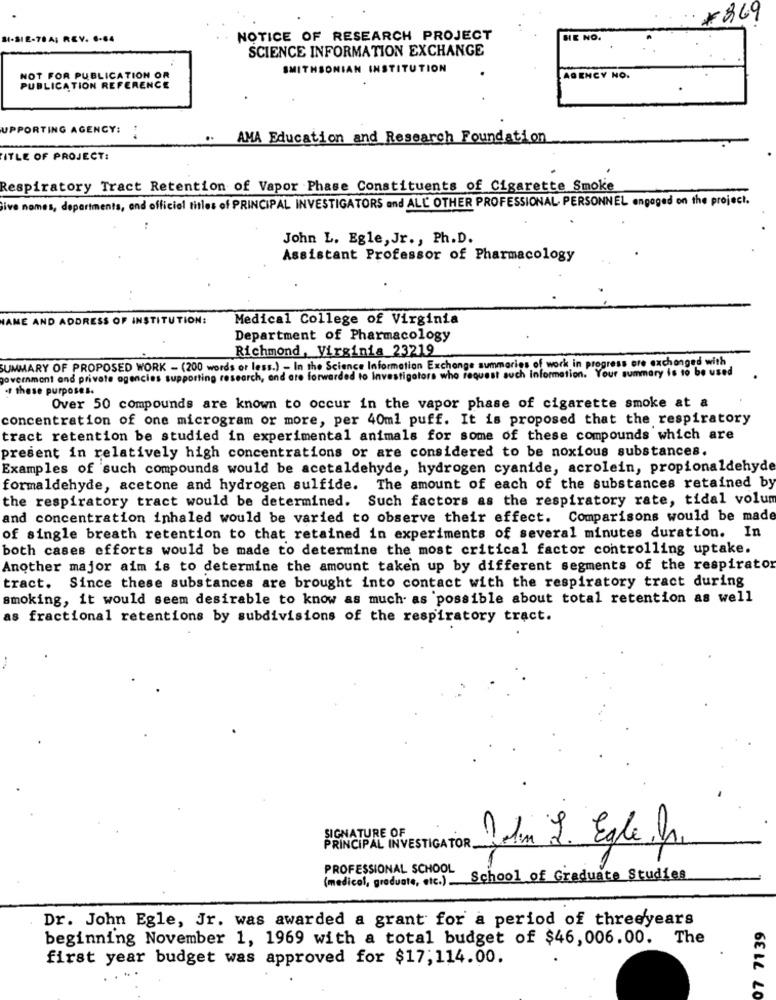
# 869
S-SIE-78A; REV. 6-84
NOTICE OF RESEARCH PROJECT
HE NO.
SCIENCE INFORMATION EXCHANGE
SMITHSONIAN INSTITUTION
NOT FOR PUBLICATION OR
AGENCY NO.
PUBLICATION REFERENCE
UPPORTING AGENCY:
.. AMA Education and Research Foundation
ITLE OF PROJECT:
Respiratory Tract Retention of Vapor Phase Constituents of Cigarette Smoke
ive nomes, departments, end officiel titles of PRINCIPAL INVESTIGATORS and ALL OTHER PROFESSIONAL PERSONNEL engaged on the project.
John L. Egle, Jr ., Ph.D.
Assistant Professor of Pharmacology
AME AND ADDRESS OF INSTITUTION:
Medical College of Virginia
Department of Pharmacology
Richmond, Virginia 23219
SUMMARY OF PROPOSED WORK - (200 words or less.) - In the Science Information Exchange summaries of work in progress ore exchanged with
government and private agencies supporting research, and are forwarded to Investigators who request such Information. Your summary is to be used
. these purposes.
Over 50 compounds are known to occur in the vapor phase of cigarette smoke at a
concentration of one microgram or more, per 40ml puff. It is proposed that the respiratory
tract retention be studied in experimental animals for some of these compounds which are
present in relatively high concentrations or are considered to be noxious substances.
Examples of such compounds would be acetaldehyde, hydrogen cyanide, acrolein, propionaldehyde
formaldehyde, acetone and hydrogen sulfide. The amount of each of the substances retained by
the respiratory tract would be determined. Such factors as the respiratory rate, tidal volum
and concentration inhaled would be varied to observe their effect. Comparisons would be made
of single breath retention to that retained in experiments of several minutes duration. 1
both cases efforts would be made to determine the most critical factor controlling uptake.
Another major aim is to determine the amount taken up by different segments of the respirator
tract. Since these substances are brought into contact with the respiratory tract during
smoking, it would seem desirable to know as much as possible about total retention as well
as fractional retentions by subdivisions of the respiratory tract.
SIGNATURE OF
PRINCIPAL INVESTIGATOR.
Palm L. Egle.fr.
PROFESSIONAL SCHOOL
(medical, graduate, etc.) School of Graduate Studies
Dr. John Egle, Jr. was awarded a grant for a period of threeyears
07 71 39
beginning November 1, 1969 with a total budget of $46,006.00.
The
first year budget was approved for $17;114.00.